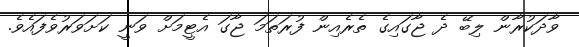
ވާދަކުރާން ލިބޭ ދެ ޖާގައިގެ ތެރެއިން ފުރަތަމަ ޖާގަ އެޓީމަށް ވަނީ ކަށަވަރުވެފައެވެ.